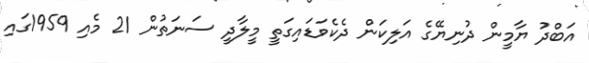
އަބްދު ޔާމީން ދުނިޔޭގެ އަލިކަން ދެކެވަޑައިގަތީ މީލާދީ ސަނަތުން 21 މެއި 1959ގައި